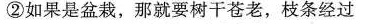
②如果是盆栽，那就要树干苍老，枝条经过